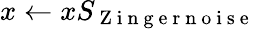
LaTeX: x\leftarrow xS_{\mathrm{~Z~i~n~g~e~r~n~o~i~s~e~}}